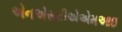
એનએસટીએએમઆઇ